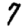
Digit: 7